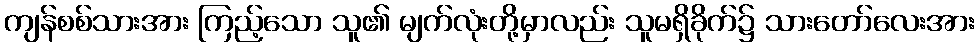
ကျန်စစ်သားအား ကြည့်သော သူ၏ မျက်လုံးတို့မှာလည်း သူမရှိခိုက်၌ သားတော်လေးအား